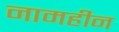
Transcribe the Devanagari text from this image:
नामहीन